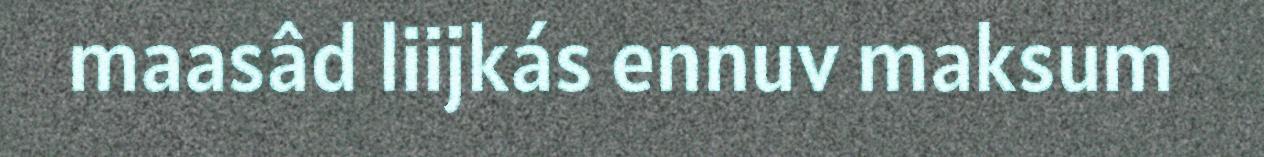
maasâd liijkás ennuv maksum